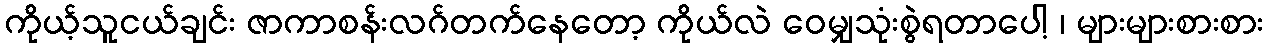
ကိုယ့်သူငယ်ချင်း ဇာကာစန်းလဂ်တက်နေတော့ ကိုယ်လဲ ဝေမျှသုံးစွဲရတာပေါ့ ၊ များများစားစား